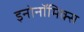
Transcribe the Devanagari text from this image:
इनोनॉमिक्स